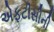
એફટીસીની